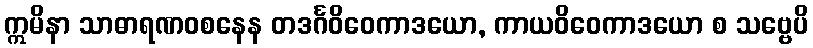
ဣမိနာ သာဓာရဏဝစနေန တဒင်္ဂဝိဝေကာဒယော, ကာယဝိဝေကာဒယော စ သဗ္ဗေပိ